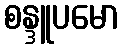
စန္ဒူပမော